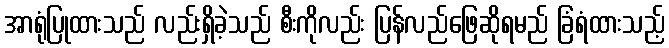
အာရုံပြုထားသည် လည်းရှိခဲ့သည် စီးကိုလည်း ပြန်လည်ဖြေဆိုရမည် ခြံရံထားသည့်